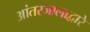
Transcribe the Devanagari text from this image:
आंतरजालाद्वारे